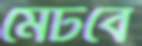
মেটবে